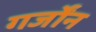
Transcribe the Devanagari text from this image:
गर्जोंन